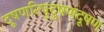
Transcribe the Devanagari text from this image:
दूषणरिपुदूषणदूषण